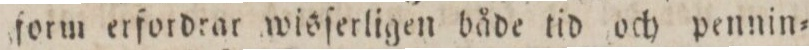
form erfordrar wisſerligen både tid och pennin=